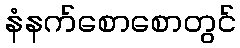
နံနက်စောစောတွင်